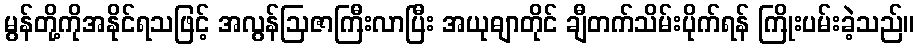
မွန်တို့ကိုအနိုင်ရသဖြင့် အလွန်ဩဇာကြီးလာပြီး အယုဓျာတိုင် ချီတက်သိမ်းပိုက်ရန် ကြိုးပမ်းခဲ့သည်။